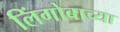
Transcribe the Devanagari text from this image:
लिंगोबाच्या